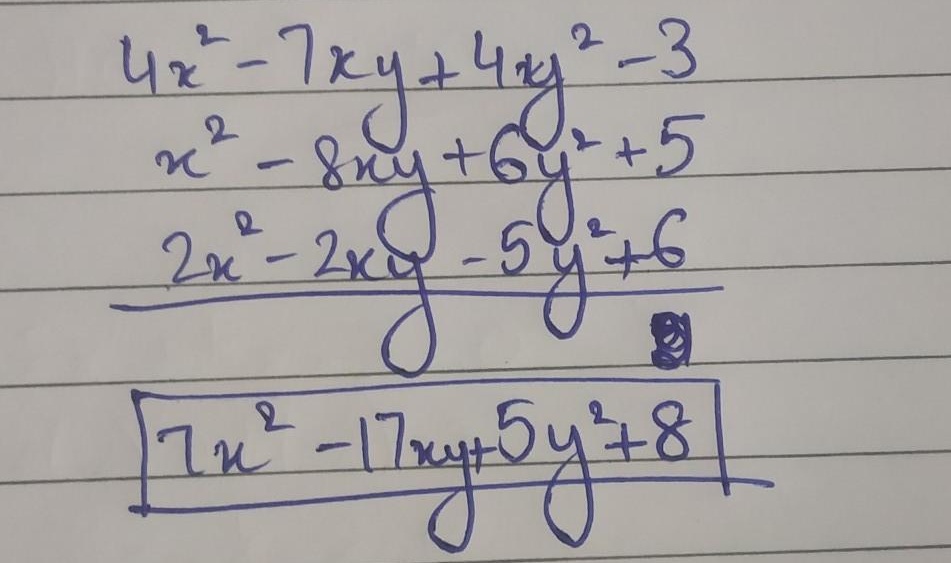
\[
\begin{align*}
&4x^{2}-7xy + 4xy^{2}-3\\
&x^{2}-8xy + 6y^{2}+5\\
&2x^{2}-2xy-5y^{2}+6\\
\hline
&7x^{2}-17xy + 5y^{2}+8
\end{align*}
\]